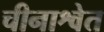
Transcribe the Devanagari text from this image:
चीनाश्वेत